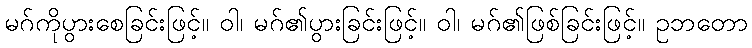
မဂ်ကိုပွားစေခြင်းဖြင့်။ ဝါ၊ မဂ်၏ပွားခြင်းဖြင့်။ ဝါ၊ မဂ်၏ဖြစ်ခြင်းဖြင့်။ ဥဘတော